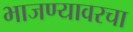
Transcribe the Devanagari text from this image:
भाजण्यावरचा